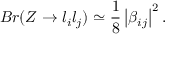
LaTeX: B r ( Z \rightarrow l _ { i } l _ { j } ) \simeq \frac { 1 } { 8 } \left| \beta _ { i j } \right| ^ { 2 } .